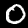
Digit: 0